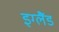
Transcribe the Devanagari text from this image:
इग्‍लैंड